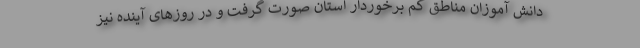
دانش آموزان مناطق کم برخوردار استان صورت گرفت و در روزهای آینده نیز